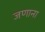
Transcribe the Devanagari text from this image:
जणाना